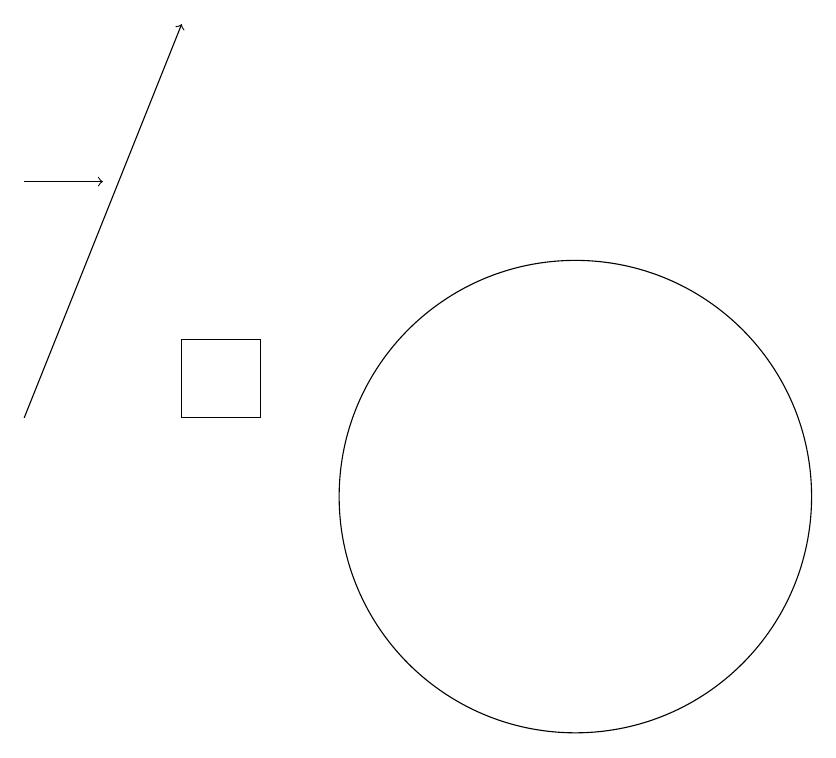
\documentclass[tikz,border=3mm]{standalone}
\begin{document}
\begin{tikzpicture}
\draw (6,13) rectangle (5,12);
\draw[->] (3,15) -- (4,15);
\draw[->] (3,12) -- (5,17);
\draw (10,11) circle (3);
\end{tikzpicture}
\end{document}